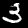
Label: 3